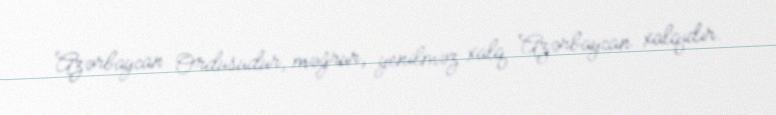
Azərbaycan Ordusudur, məğrur, yenilməz xalq Azərbaycan xalqıdır.